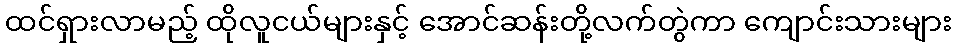
ထင်ရှားလာမည့် ထိုလူငယ်များနှင့် အောင်ဆန်းတို့လက်တွဲကာ ကျောင်းသားများ